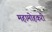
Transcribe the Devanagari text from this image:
महामोहकरी